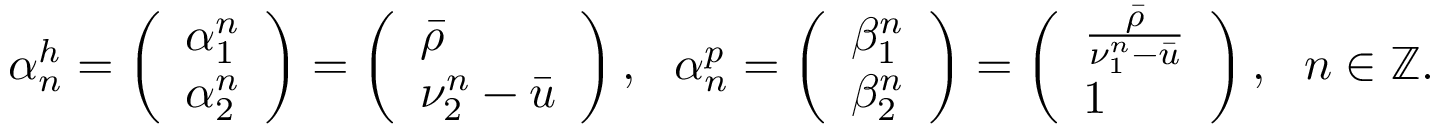
\alpha _ { n } ^ { h } = \left( \begin{array} { l } { \alpha _ { 1 } ^ { n } } \\ { \alpha _ { 2 } ^ { n } } \end{array} \right) = \left( \begin{array} { l } { \bar { \rho } } \\ { \nu _ { 2 } ^ { n } - \bar { u } } \end{array} \right) , \ \ \alpha _ { n } ^ { p } = \left( \begin{array} { l } { \beta _ { 1 } ^ { n } } \\ { \beta _ { 2 } ^ { n } } \end{array} \right) = \left( \begin{array} { l } { \frac { \bar { \rho } } { \nu _ { 1 } ^ { n } - \bar { u } } } \\ { 1 } \end{array} \right) , \ \ n \in \mathbb { Z } .